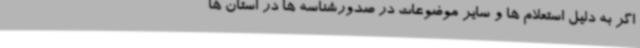
اگر به دلیل استعلام ها و سایر موضوعات در صدورشناسه ها در استان ها